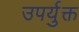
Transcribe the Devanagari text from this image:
उपर्युक्त